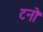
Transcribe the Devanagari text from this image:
टनो